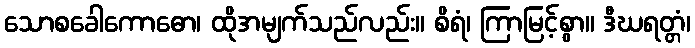
သောစခေါကောဓော၊ ထိုအမျက်သည်လည်း။ စိရံ၊ ကြာမြင့်စွာ။ ဒီဃရတ္တံ၊